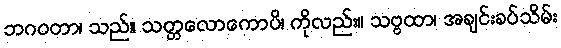
ဘဂဝတာ၊ သည်။ သတ္တလောကောပိ၊ ကိုလည်း။ သဗ္ဗထာ၊ အချင်းခပ်သိမ်း